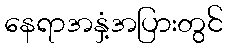
နေရာအနှံ့အပြားတွင်